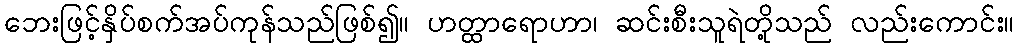
ဘေးဖြင့်နှိပ်စက်အပ်ကုန်သည်ဖြစ်၍။ ဟတ္ထာရောဟာ၊ ဆင်းစီးသူရဲတို့သည် လည်းကောင်း။